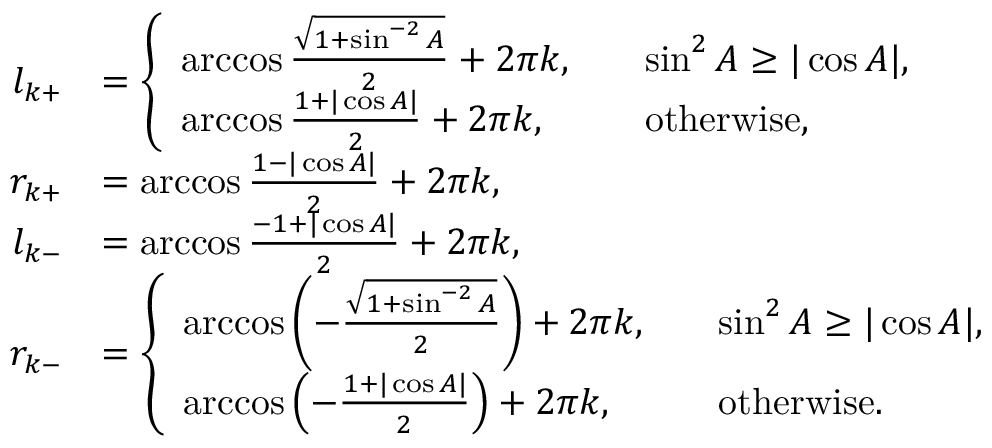
\begin{array} { r l } { l _ { k + } } & { = \left\{ \begin{array} { l l } { \operatorname { a r c c o s } \frac { \sqrt { 1 + \sin ^ { - 2 } A } } { 2 } + 2 \pi k , \quad } & { \sin ^ { 2 } A \geq | \cos A | , } \\ { \operatorname { a r c c o s } \frac { 1 + | \cos A | } { 2 } + 2 \pi k , \quad } & { \mathrm { o t h e r w i s e } , } \end{array} \right. } \\ { r _ { k + } } & { = \operatorname { a r c c o s } \frac { 1 - | \cos A | } { 2 } + 2 \pi k , } \\ { l _ { k - } } & { = \operatorname { a r c c o s } \frac { - 1 + | \cos A | } { 2 } + 2 \pi k , } \\ { r _ { k - } } & { = \left\{ \begin{array} { l l } { \operatorname { a r c c o s } \left( - \frac { \sqrt { 1 + \sin ^ { - 2 } A } } { 2 } \right) + 2 \pi k , \quad } & { \sin ^ { 2 } A \geq | \cos A | , } \\ { \operatorname { a r c c o s } \left( - \frac { 1 + | \cos A | } { 2 } \right) + 2 \pi k , \quad } & { \mathrm { o t h e r w i s e } . } \end{array} \right. } \end{array}